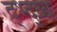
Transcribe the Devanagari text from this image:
द्भ्द्ब्ब